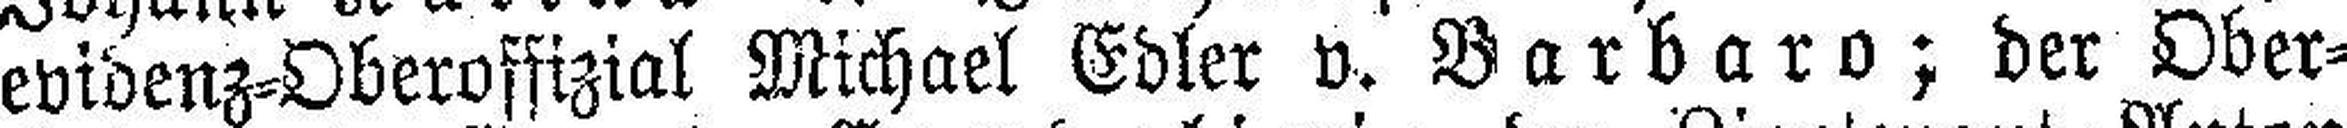
evidenz=Oberoffizial Michael Edler v. Barbaro; der Ober¬